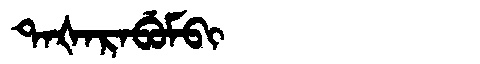
Manchu: ᡨᠠᡧᠠᡵᠠᠪᡠᠮᠪᡳ
Romanization: TAŠARABUMBI